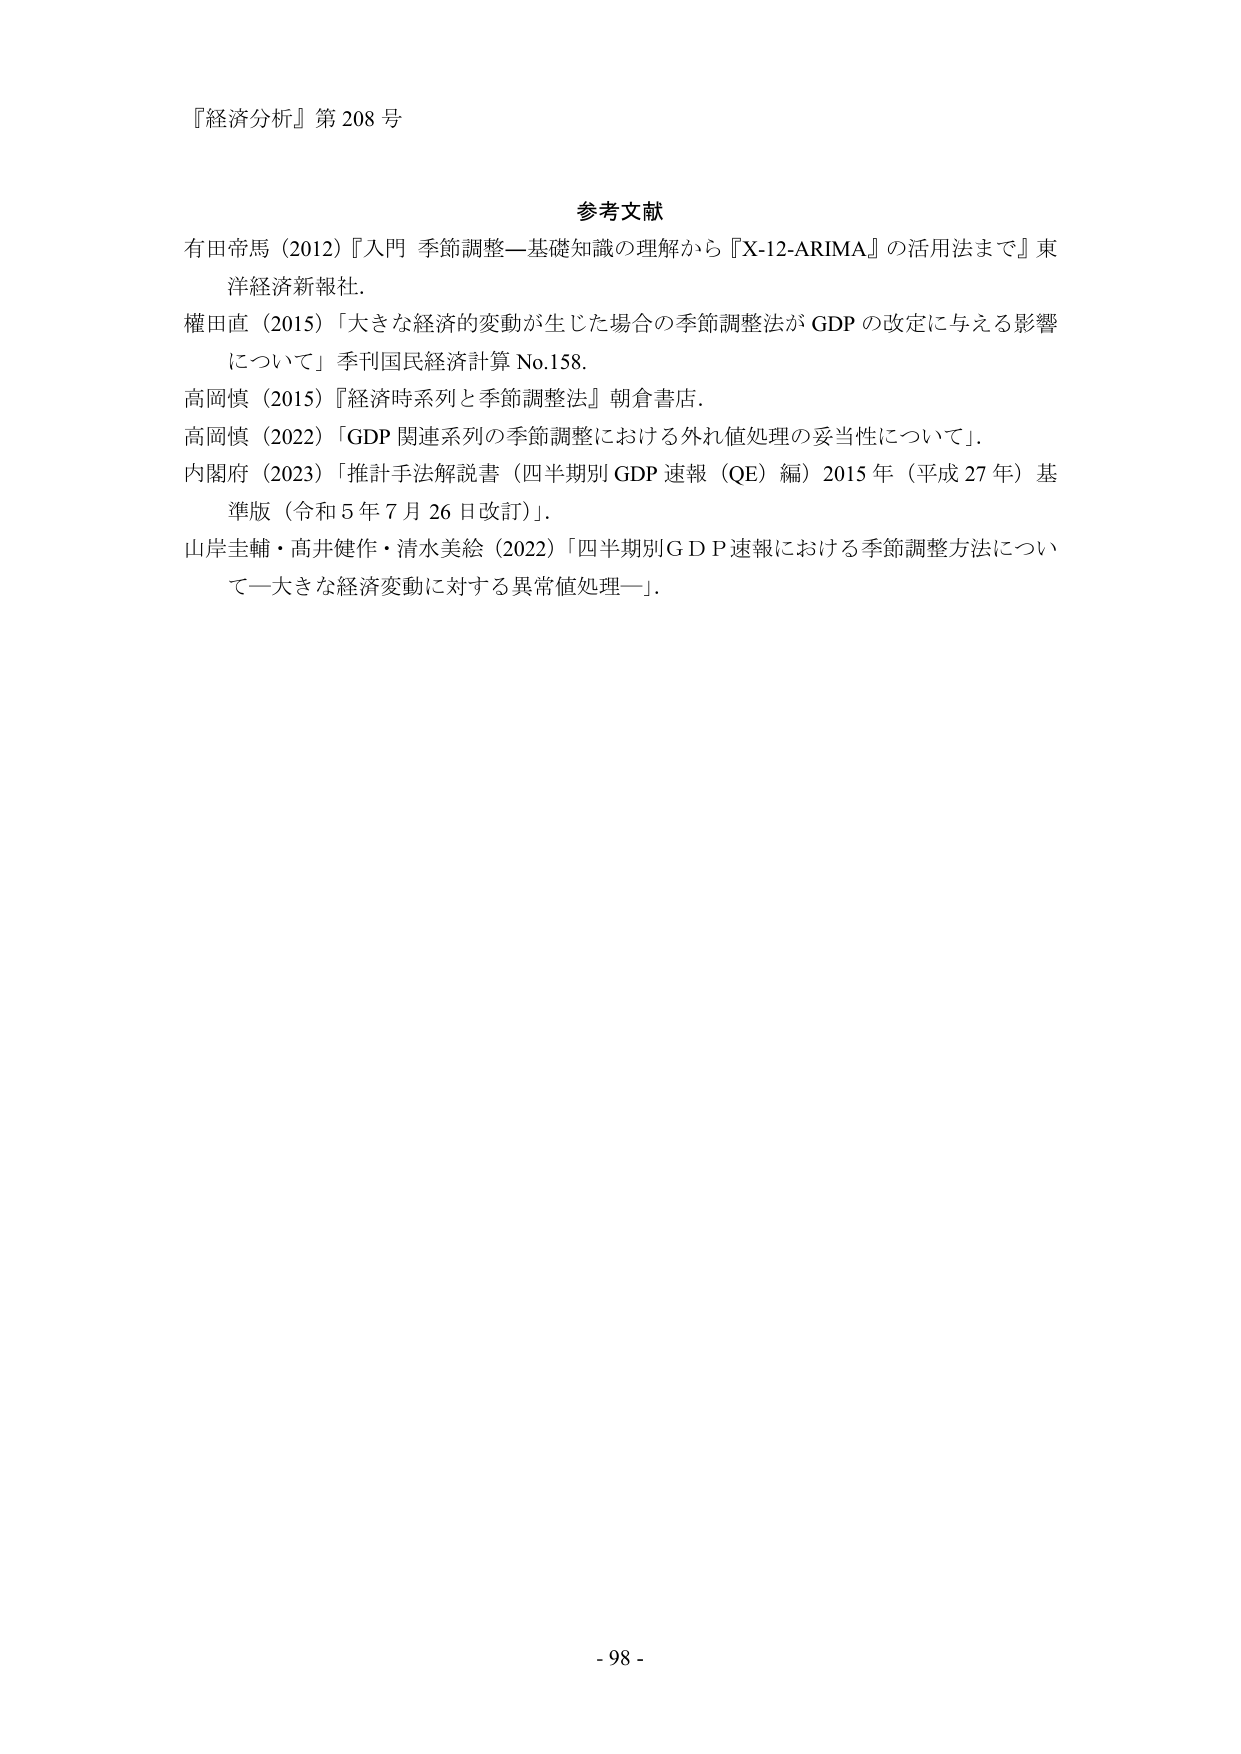
『経済分析』第 208 号

参考文献
有田帝馬（2012）『入門 季節調整―基礎知識の理解から『X-12-ARIMA』の活用法まで』東洋経済新報社．
権田直（2015）「大きな経済的変動が生じた場合の季節調整法が GDP の改定に与える影響について」季刊国民経済計算 No.158．
高岡慎（2015）『経済時系列と季節調整法』朝倉書店．
高岡慎（2022）「GDP 関連系列の季節調整における外れ値処理の妥当性について」．
内閣府（2023）「推計手法解説書（四半期別 GDP 速報（QE）編）2015 年（平成 27 年）基準版（令和 5 年 7 月 26 日改訂）」．
山岸圭輔・高井健作・清水美絵（2022）「四半期別ＧＤＰ速報における季節調整方法について―大きな経済変動に対する異常値処理―」．

- 98 -